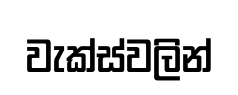
වැක්ස්වලින්